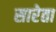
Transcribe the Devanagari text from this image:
सारेता